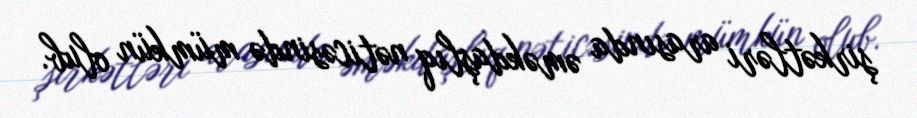
şirkətləri arasında əməkdaşlıq nəticəsində mümkün olub.